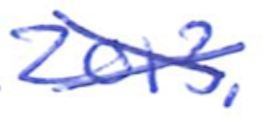
Text: 2013.
Cross-out: cross
Writing tool: ballpoint